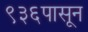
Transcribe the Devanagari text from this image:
९३६पासून